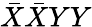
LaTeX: \bar{X}\bar{X}YY